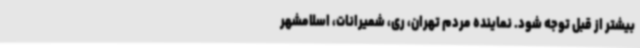
بیشتر از قبل توجه شود. نماینده مردم تهران، ری، شمیرانات، اسلامشهر